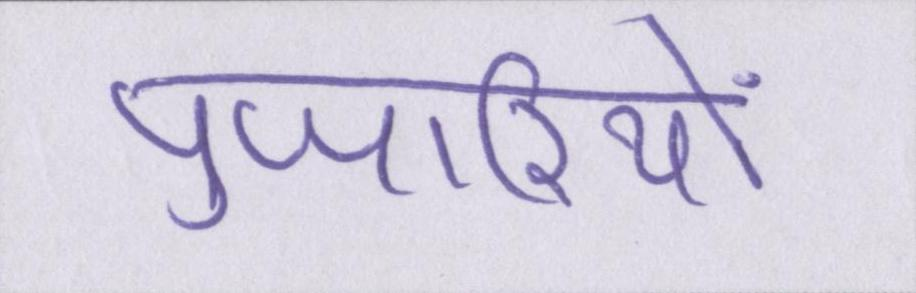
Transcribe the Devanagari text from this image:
पुजारियों